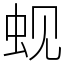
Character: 蚬